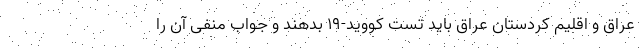
عراق و اقلیم کردستان عراق باید تست کووید-۱۹ بدهند و جواب منفی آن را